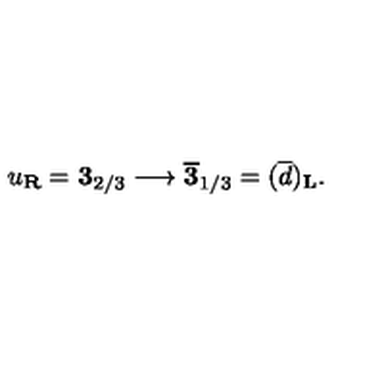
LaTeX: u _ { \bf R } = { \bf 3 } _ { 2 / 3 } \longrightarrow \overline { { \bf 3 } } _ { 1 / 3 } = ( \overline { d } ) _ { \bf L } .